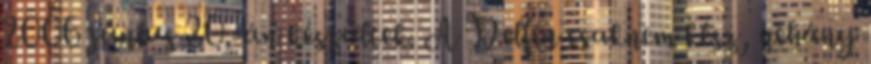
2006 június 20.-án készültek. A Delfin csaknem kész, néhány